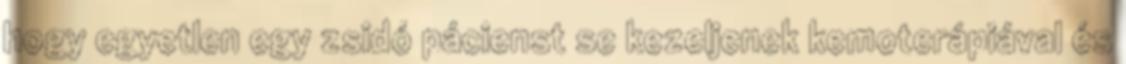
hogy egyetlen egy zsidó pácienst se kezeljenek kemoterápiával és